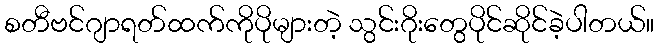
စတီဗင်ဂျာရတ်ထက်ကိုပိုများတဲ့ သွင်းဂိုးတွေပိုင်ဆိုင်ခဲ့ပါတယ်။